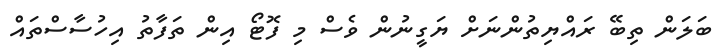
ބަލަން ތިބޭ ރައްޔިތުންނަށް ޔަގީނުން ވެސް މި ފޮޓޯ އިން ތަފާތު އިހުސާސްތައް